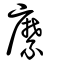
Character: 麽